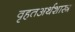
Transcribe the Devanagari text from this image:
वृहतअर्थशास्त्र